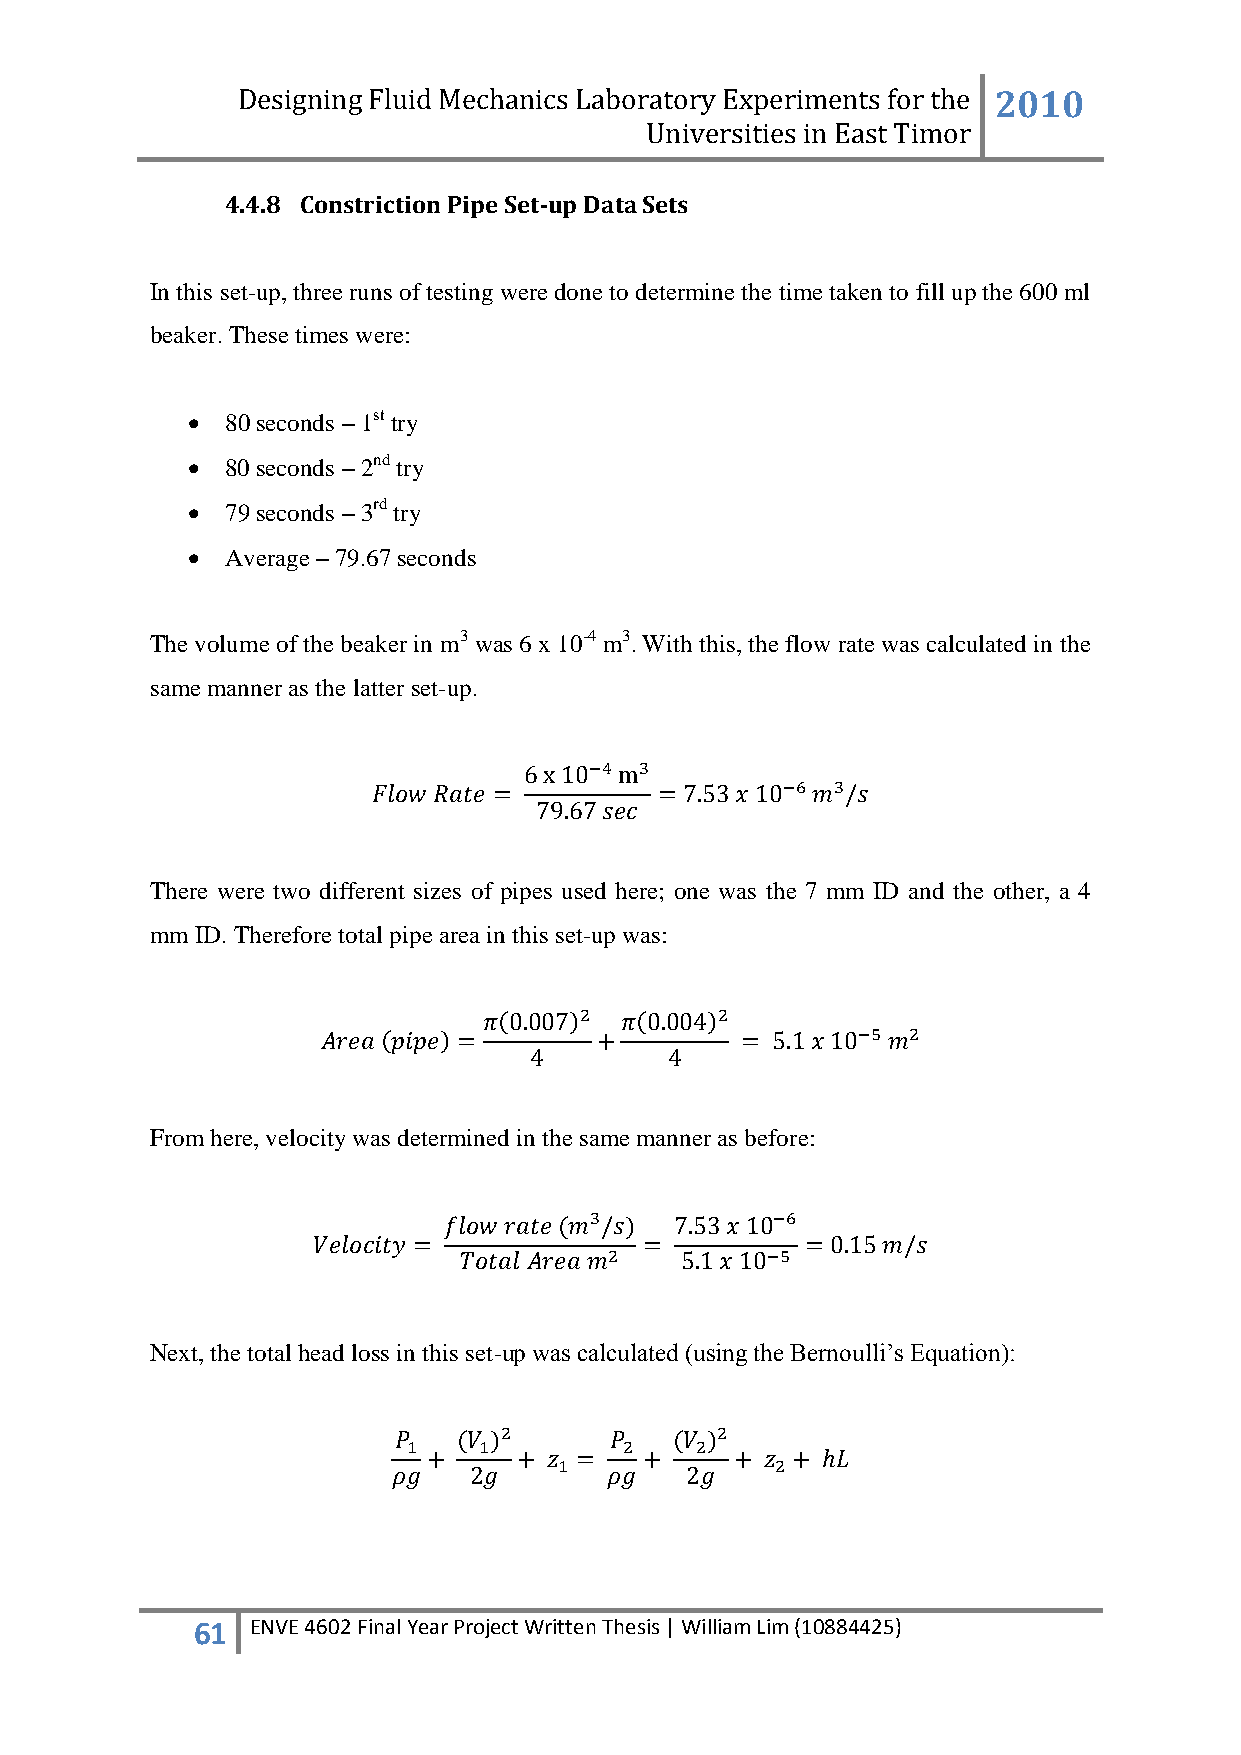
Designing Fluid Mechanics Laboratory Experiments for the 2010
 Universities in East Timor
 4.4.8 Constriction Pipe Set-up Data Sets
 In this set-up, three runs of testing were done to determine the time taken to fill up the 600 ml
 beaker. These times were:
   80 seconds – 1st try
   80 seconds – 2nd try
   79 seconds – 3rd try
   Average – 79.67 seconds
 The volume of the beaker in m3 was 6 x 10-4 m3. With this, the flow rate was calculated in the
 same manner as the latter set-up.
 There were two different sizes of pipes used here; one was the 7 mm ID and the other, a 4
 mm ID. Therefore total pipe area in this set-up was:
 From here, velocity was determined in the same manner as before:
 Next, the total head loss in this set-up was calculated (using the Bernoulli‟s Equation):
 61  ENVE 4602 Final Year Project Written Thesis | William Lim (10884425)